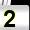
Digit: 2